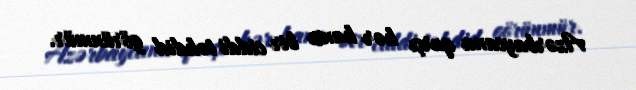
Azərbaycana qarşı hər hansı bir ciddi təhdid görünmür.